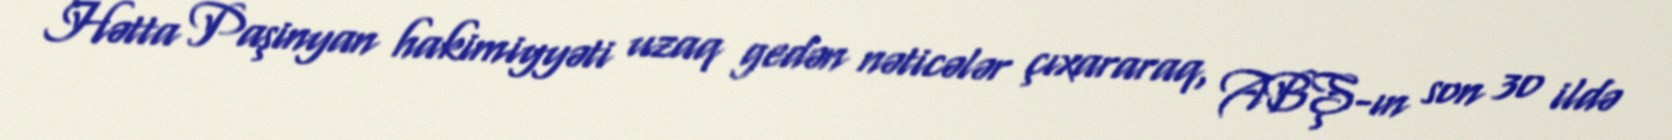
Hətta Paşinyan hakimiyyəti uzaq gedən nəticələr çıxararaq, ABŞ-ın son 30 ildə